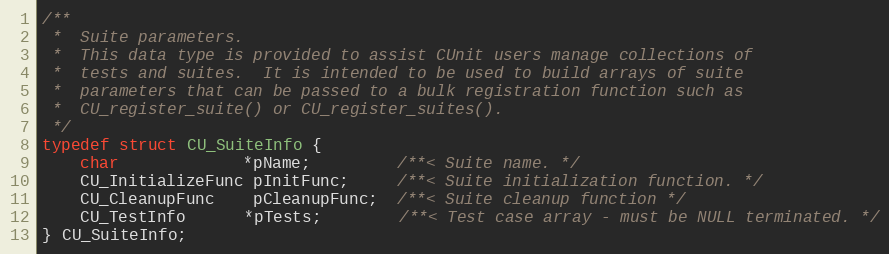
Language: C
/**
 *  Suite parameters.
 *  This data type is provided to assist CUnit users manage collections of
 *  tests and suites.  It is intended to be used to build arrays of suite
 *  parameters that can be passed to a bulk registration function such as
 *  CU_register_suite() or CU_register_suites().
 */
typedef struct CU_SuiteInfo {
	char             *pName;         /**< Suite name. */
	CU_InitializeFunc pInitFunc;     /**< Suite initialization function. */
	CU_CleanupFunc    pCleanupFunc;  /**< Suite cleanup function */
	CU_TestInfo      *pTests;        /**< Test case array - must be NULL terminated. */
} CU_SuiteInfo;